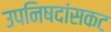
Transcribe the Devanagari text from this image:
उपनिषदांसकट